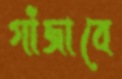
গাঁজাবে